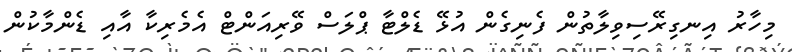
މިހާރު އިނގިރޭސިވިލާތުން ފެނިގެން އުޅޭ ޑެލްޓާ ޕްލަސް ވޭރިއަންޓް އެމެރިކާ އާއި ޑެންމާކުން